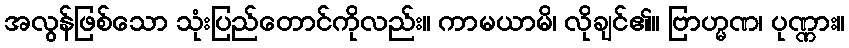
အလွန်ဖြစ်သော သုံးပြည်တောင်ကိုလည်း။ ကာမယာမိ၊ လိုချင်၏။ ဗြာဟ္မဏ၊ ပုဏ္ဏား။